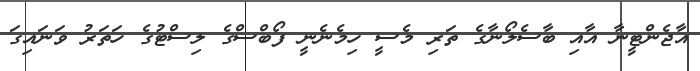
އާޖެންޓީނާ އާއި ބާސެލޯނާގެ ތަރި މެސީ ހިމެނެނީ ފޯބްސްގެ ލިސްޓުގެ ހަތަރު ވަނައިގަ